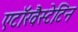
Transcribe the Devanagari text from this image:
एटॉरवैस्टेटिन